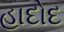
હાદોદ